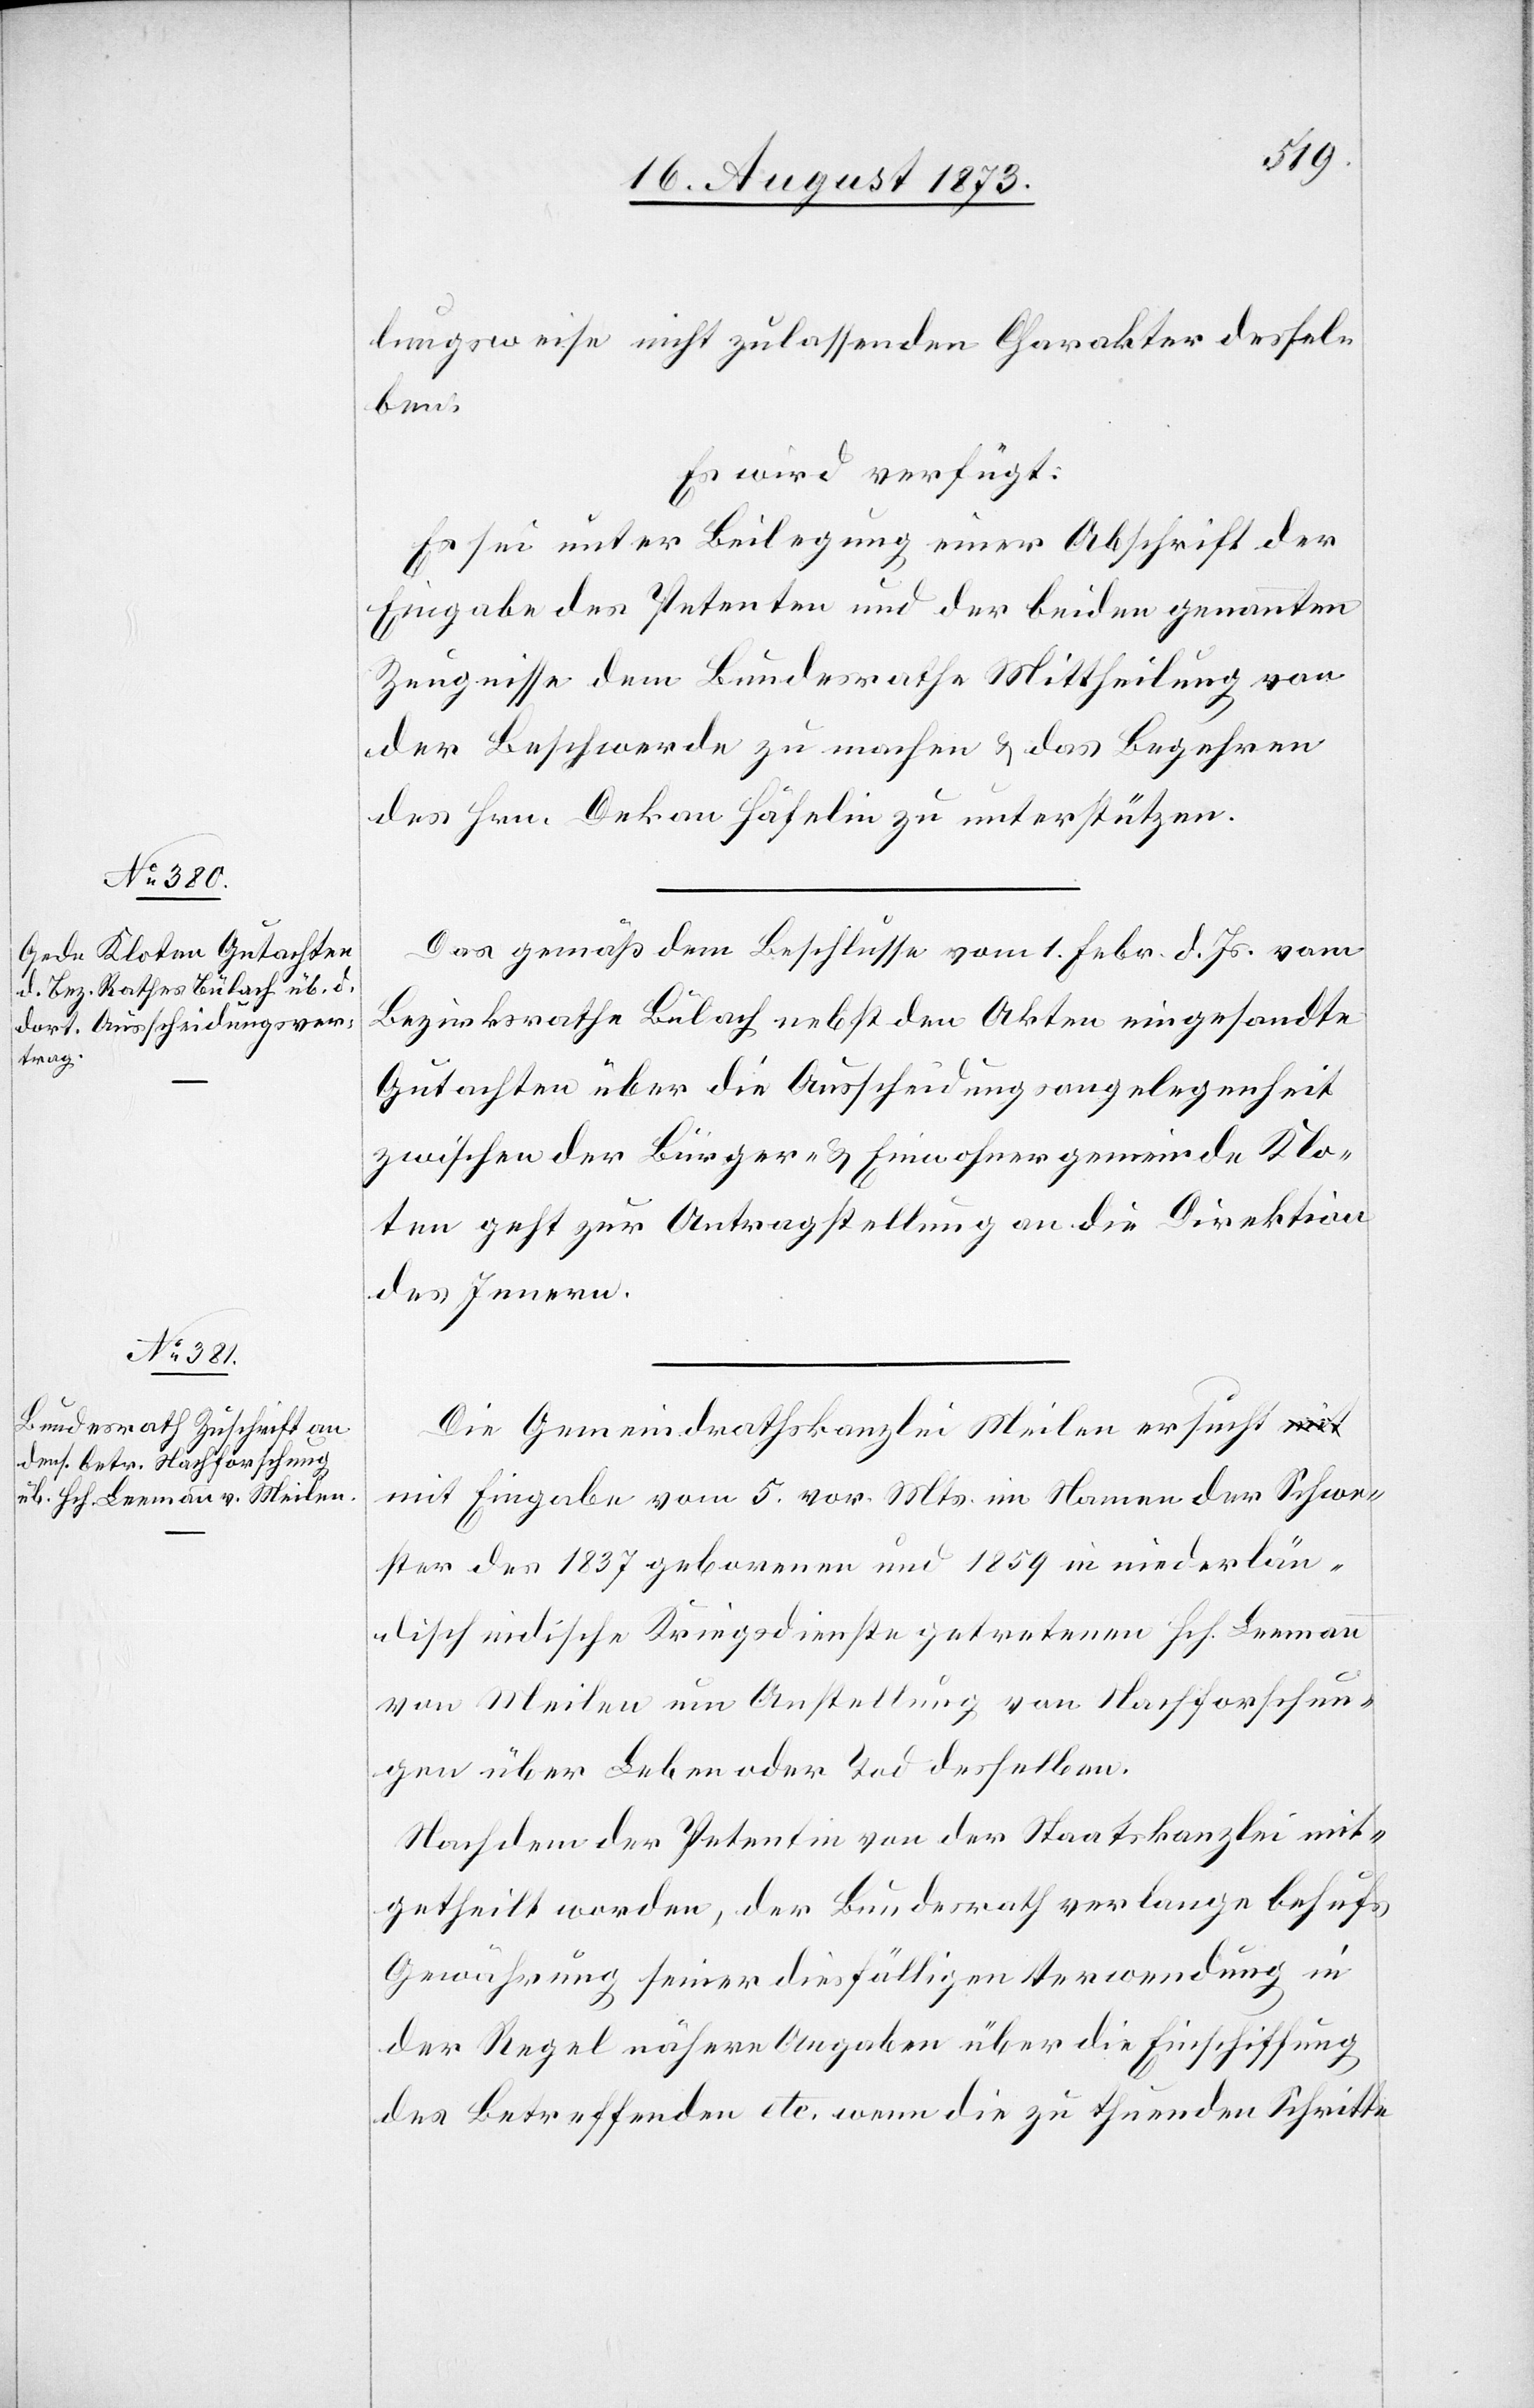
21. August 1873.]
lungsweise nicht zulassenden Charakter dessel¬
ben.
Es wird verfügt:
Es sei unter Beilegung einer Abschrift der
Eingabe des Petenten und der beiden genannten
Zeugnisse dem Bundesrathe Mittheilung von
der Beschwerde zu machen & das Begehren
des Hrn. Dekan Häfelin zu unterstützen.
Das gemäß dem Beschlusse vom 1. Febr. d. Js. vom
Bezirksrathe Bülach nebst den Akten eingesandte
Gutachten über die Ausscheidungsangelegenheit
zwischen der Bürger- & Einwohnergemeinde Klo¬
ten geht zur Antragstellung an die Direktion
des Innern.
Die Gemeindrathskanzlei Meilen ersucht mit
Eingabe vom 5. vor. Mts. im Namen der Schwe¬
ster des 1837 geborenen und 1859 in niederlän¬
disch indische Kriegsdienste getretenen Hch. Leemann
von Meilen um Anstellung von Nachforschun¬
gen über Leben oder Tod desselben.
Nachdem der Petentin von der Staatskanzlei mit¬
getheilt worden, der Bundesrath verlange behufs
Gewährung seiner diesfälligen Verwendung in
der Regel nähere Angaben über die Einschiffung
des Betreffenden etc. wenn die zu thuenden Schritte